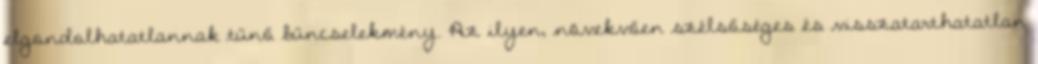
elgondolhatatlannak tűnő bűncselekmény. Az ilyen, növekvően szélsőséges és visszatarthatatlan